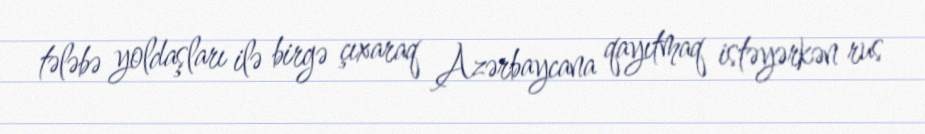
tələbə yoldaşları ilə birgə çıxaraq Azərbaycana qayıtmaq istəyərkən rus